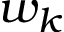
w _ { k }